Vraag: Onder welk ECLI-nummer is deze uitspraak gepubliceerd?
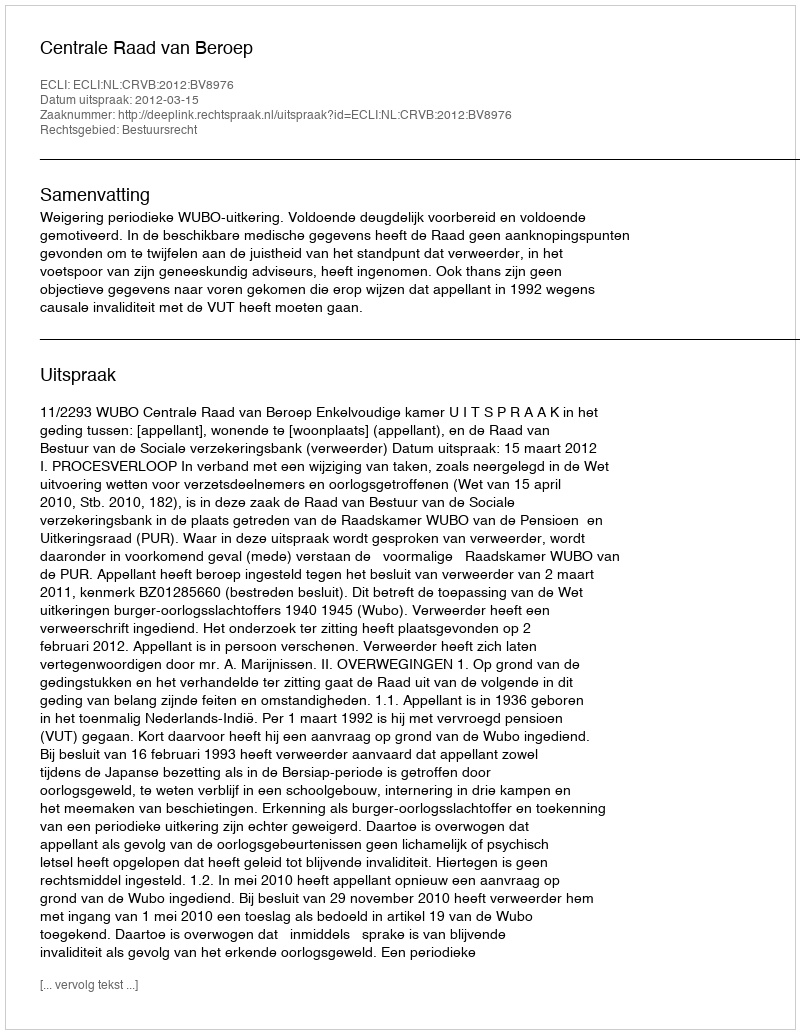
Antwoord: ECLI:NL:CRVB:2012:BV8976